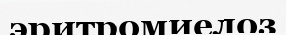
эритромиелоз